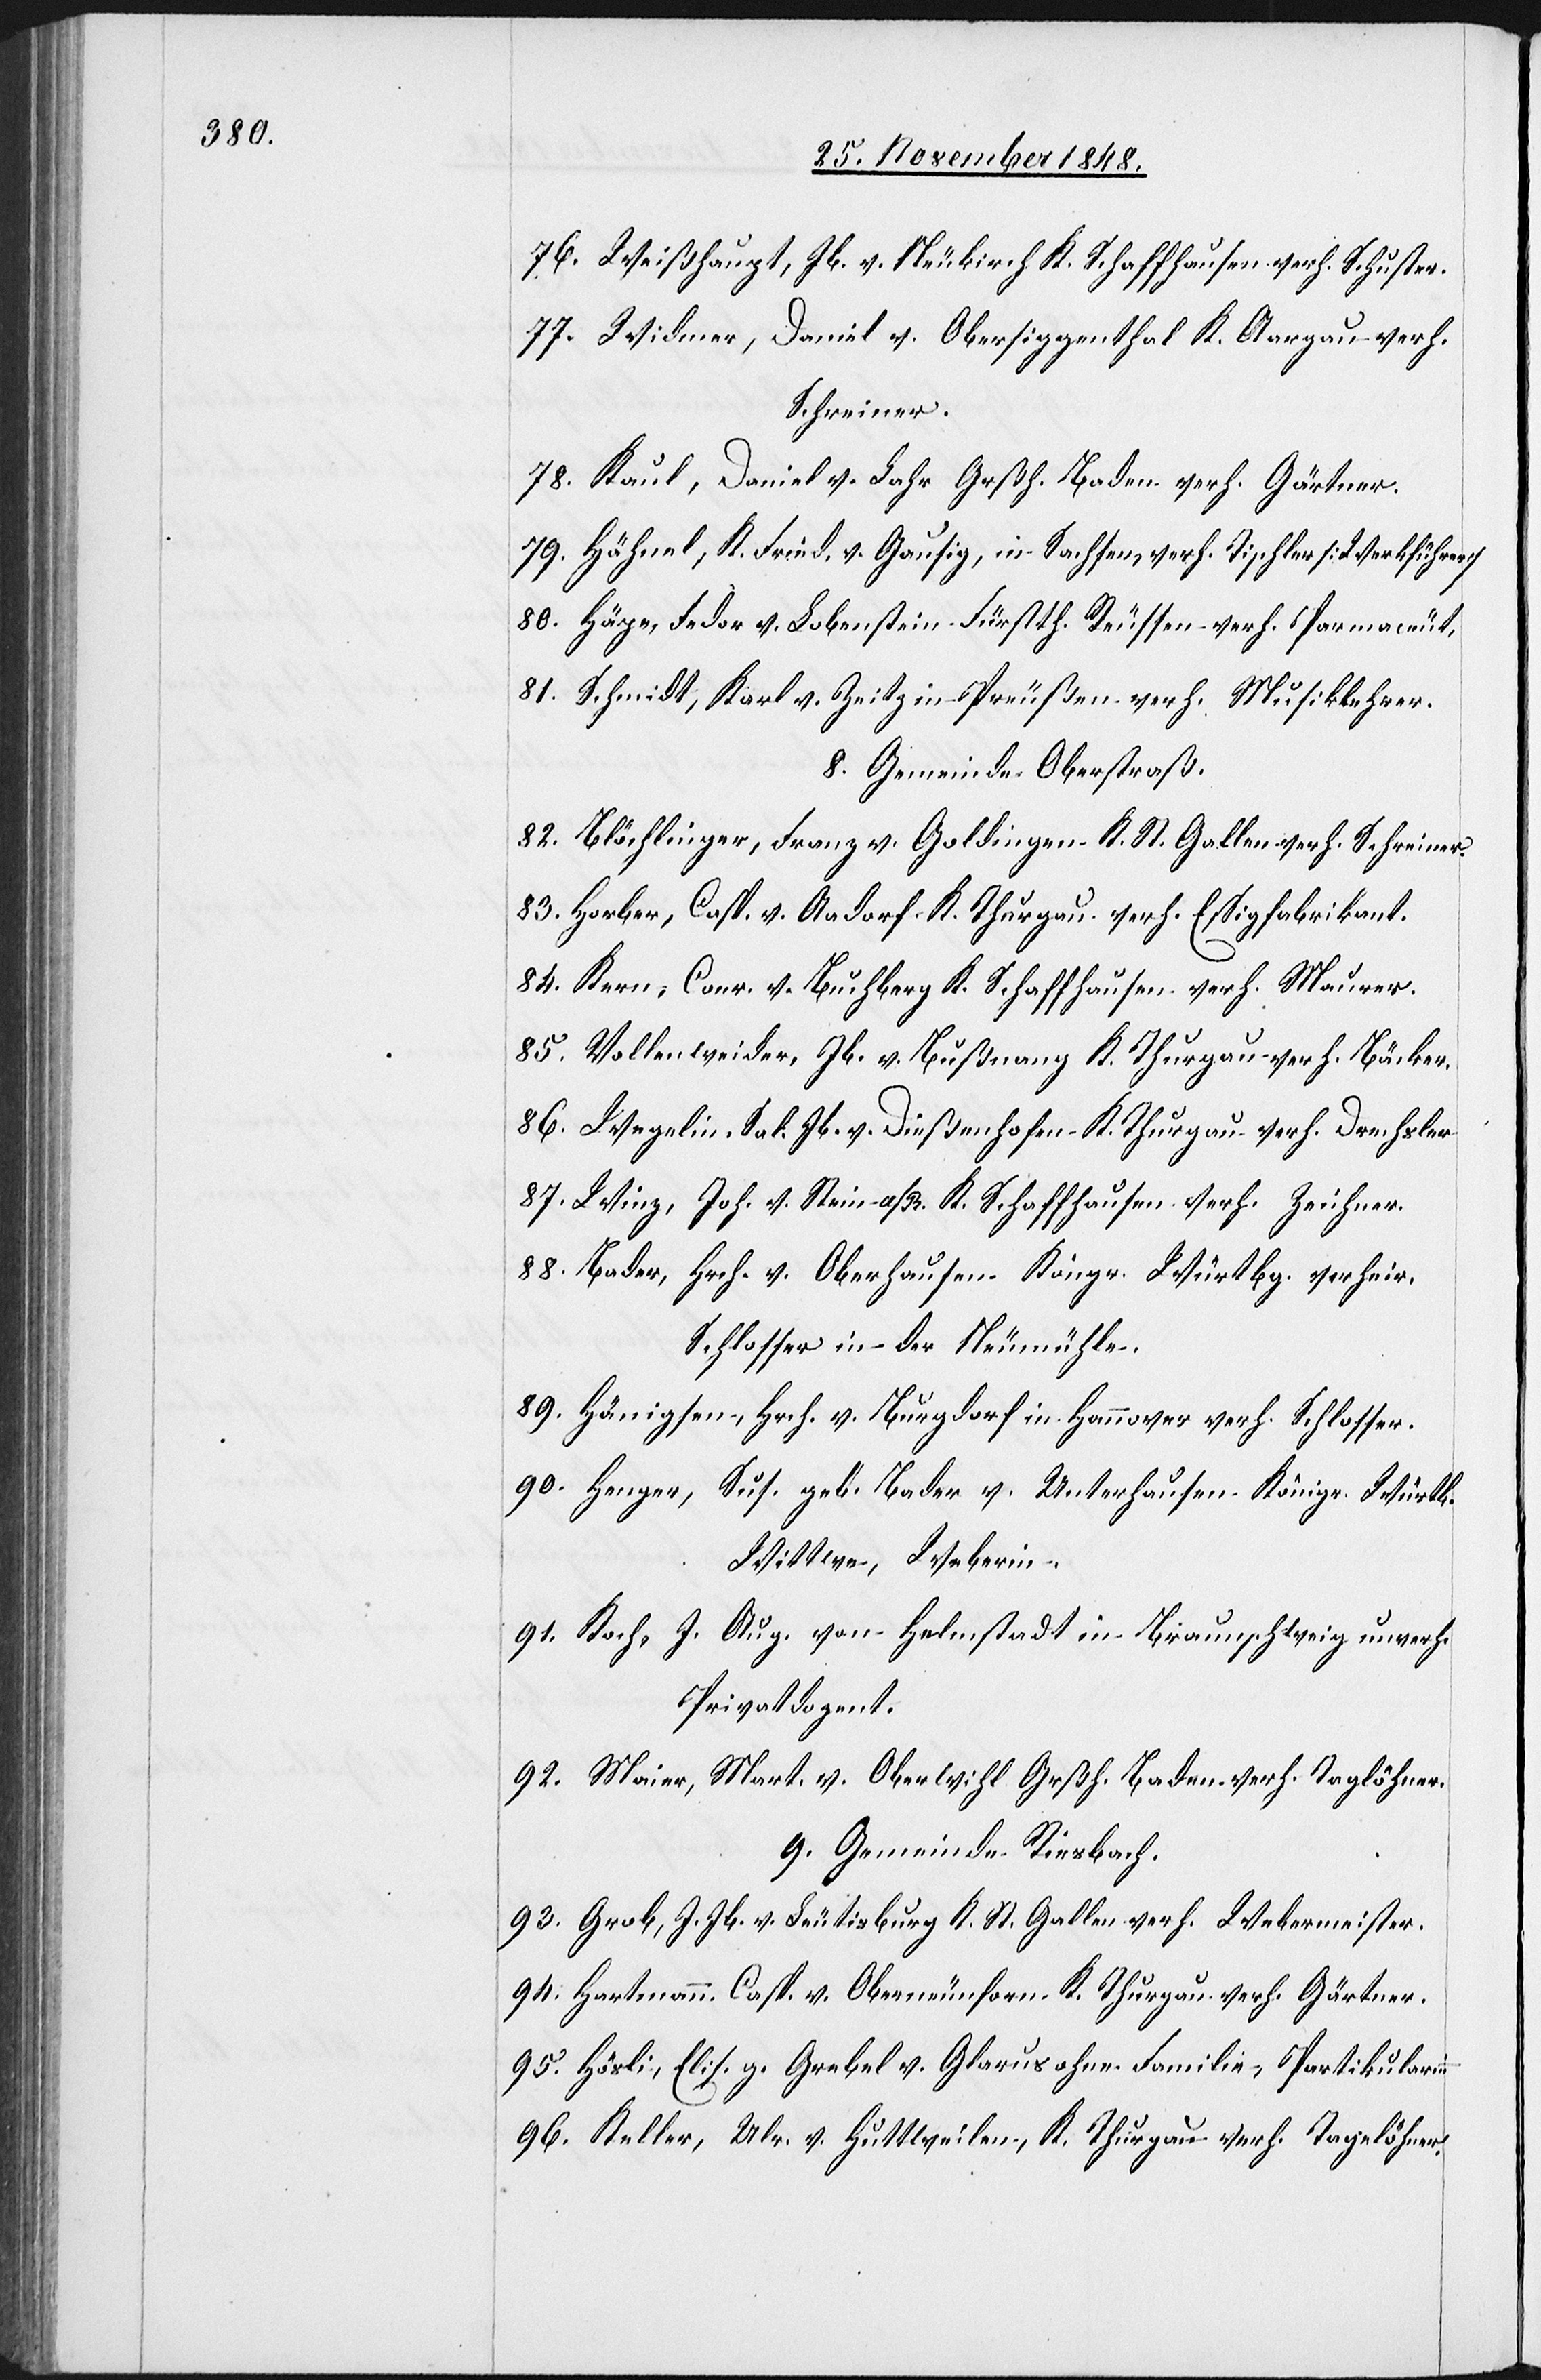
76. Weißhaupt, Jb. v. Neukirch K. Schaffhausen verh. Schuster.
77. Widmer, Daniel v. Obersiggenthal K. Aargau verh.
Schreiner.
78. Kaul, Daniel v. Lahr Grßh. Baden verh. Gärtner.
79. Hähnel, K. Fried. v. Gausig, in Sachsen, verh. Tischler [Werkführer]
80. Häpe, Fedor v. Lobenstein Fürsth. Reussen verh. Parmaceut,
81. Schmidt, Karl v. Zeitz in Preußen verh. Musiklehrer.
8. Gemeinde Oberstraß.
82. Blöchlinger, Franz v. Goldingen K. St. Gallen verh. Schreiner.
83. Horber, Casp. v. Aadorf K. Thurgau verh. Essigfabrikant.
84. Kern, Conr. v. Buchberg K. Schaffhausen verh. Maurer.
85. Vollenweider, Jb. v. Bußnang K. Thurgau verh. Bäcker.
86. Wegelin Sal. Jb. v. Dießenhofen K. Thurgau verh. Drechsler.
87. Winz, Joh. v. Stein a/R. K. Schaffhausen verh. Zeichner.
88. Bader, Hrch. v. Oberhausen Köngr. Würtbg. verheir.
Schlosser in der Neumühle.
89. Hänigsen, Hrch. v. Burgdorf in Hannover verh. Schlosser.
90. Henger, Sus. geb. Bader v. Unterhausen Königr. Würtb.
Wittwe, Weberin.
91. Koch, J. Aug. von Helmstadt in Braunschweig unverh.
Privatdozent.
92. Maier, Mart. v. Oberwihl Grßh. Baden verh. Taglöhner.
9. Gemeinde Riesbach.
93. Grob, J. Jb. v. Leutisburg K. St. Gallen verh. Webermeister.
94. Hartmann Casp. v. Oberneunforn K. Thurgau verh. Gärtner.
95. Hösli, Elis. g. Grebel v. Glarus ohne Familie, Partikularinn
96. Keller, Ulr. v. Huttweilen, K. Thurgau verh. Tagelöhner.